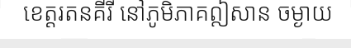
ខេត្តរតនគីរី នៅភូមិភាគឦសាន ចម្ងាយ